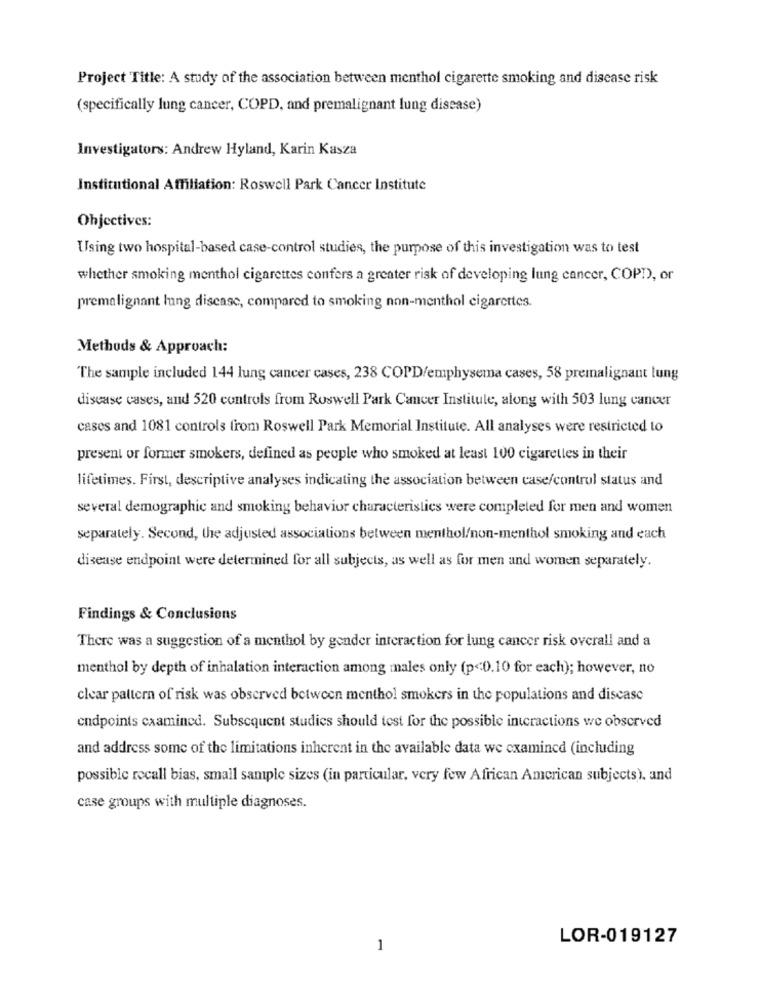
Project Title: A study of the association between menthol cigarette smoking and disease risk
(specifically lung cancer, COPD, and premalignant lung disease)
Investigators: Andrew Hyland, Karin Kasza
Institutional Affiliation: Roswell Park Cancer Institute
Ohjectives:
Using two hospital-based case-control studies, the purpose of this investigation was to test
whether smoking menthol cigarettes confers a greater risk of developing lung cancer, COP!), or
premalignant lung disease, compared to smoking non-menthol cigarettes.
Methods & Approach:
The sample included 144 lung cancer cases, 238 COPD/emphysema cases, 58 premalignant lung
disease cases, and 520 controls from Roswell Park Cancer Institute, along with 503 lung cancer
cases and 1081 controls from Roswell Park Memorial Institute. All analyses were restricted to
present or former smokers, defined as people who smoked at least 100 cigarettes in their
lifetimes. First, descriptive analyses indicating the association between case/control status and
several demographic and smoking behavior characteristics were completed for men and women
separately. Second, the adjusted associations between menthol/non-menthol smoking and each
disease endpoint were determined for all subjects, as well as for men and women separately.
Findings & Conclusions
There was a suggestion of a menthol by gender interaction for lung cancer risk overall and a
menthol by depth of inhalation interaction among males only (p<0.10 for each); however, no
clear pattern of risk was observed between menthol smokers in the populations and disease
endpoints caamined. Subsequent studies should test for the possible interactions we observed
and address some of the limitations inherent in the available data we examined (including
possible recall bias, small sample sizes (in particular, very few African American subjects). and
case groups with multiple diagnoses.
LOR-019127
1